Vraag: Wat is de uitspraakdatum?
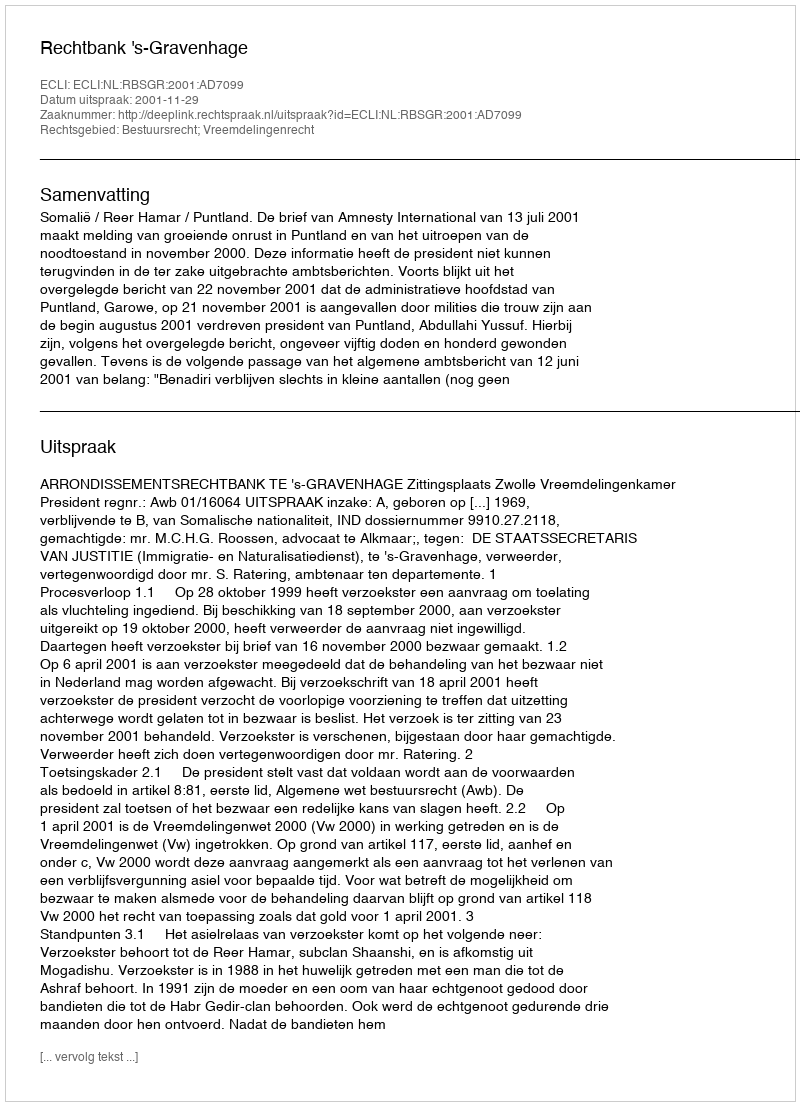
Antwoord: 2001-11-29